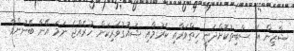
ޝާޒިން އެ ސާބިތުކޮށްދެނީ ހިތްވަރާއި ކެރުމާއި ޝައުގުވެރިކަން ހުރެއްޖެ ނަމަ އޭނާ ބޭނުންވާ